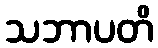
သဘာပတိ